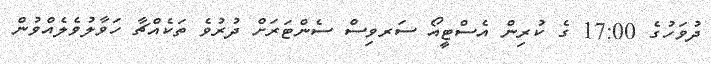
ދުވަހުގެ 17:00 ގެ ކުރިން އެސްޓީއޯ ސަރވިސް ސެންޓަރަށް ދުރުވެ ތަކެއްޗާ ހަވާލުވެލެއްވުން